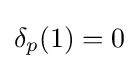
\delta _{p}(1)=0